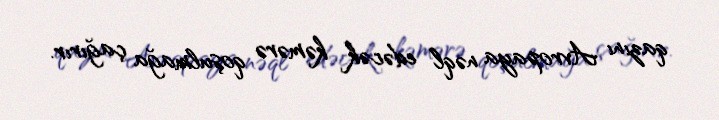
qazını Avropaya nəql edəcək kəmərə qoşulmağa çağırır.